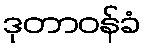
ဒုတာဝန်ခံ